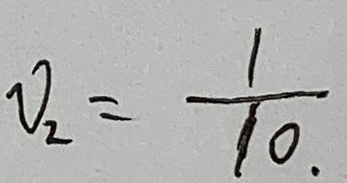
V _ { 2 } = \frac { 1 } { 1 0 } .